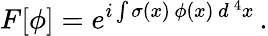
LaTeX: F[\phi]=e^{i\int\sigma(x)\, \phi(x)\, d^{\, 4}x}\, .